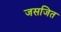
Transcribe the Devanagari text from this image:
जसजित